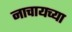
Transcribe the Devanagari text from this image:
नाचायच्या